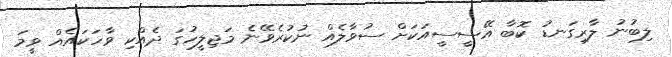
ލިބުނު ލާރިގަނޑު ކޮބާ އޭސީސީއަކަށް ސުވާލެއް ނުކުރެވޭނެ މަޖިލީހުގަ ދެއްކި ވާހަކައެއް ވީމަ